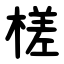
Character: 槎